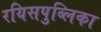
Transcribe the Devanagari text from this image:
रयिसपुब्लिका